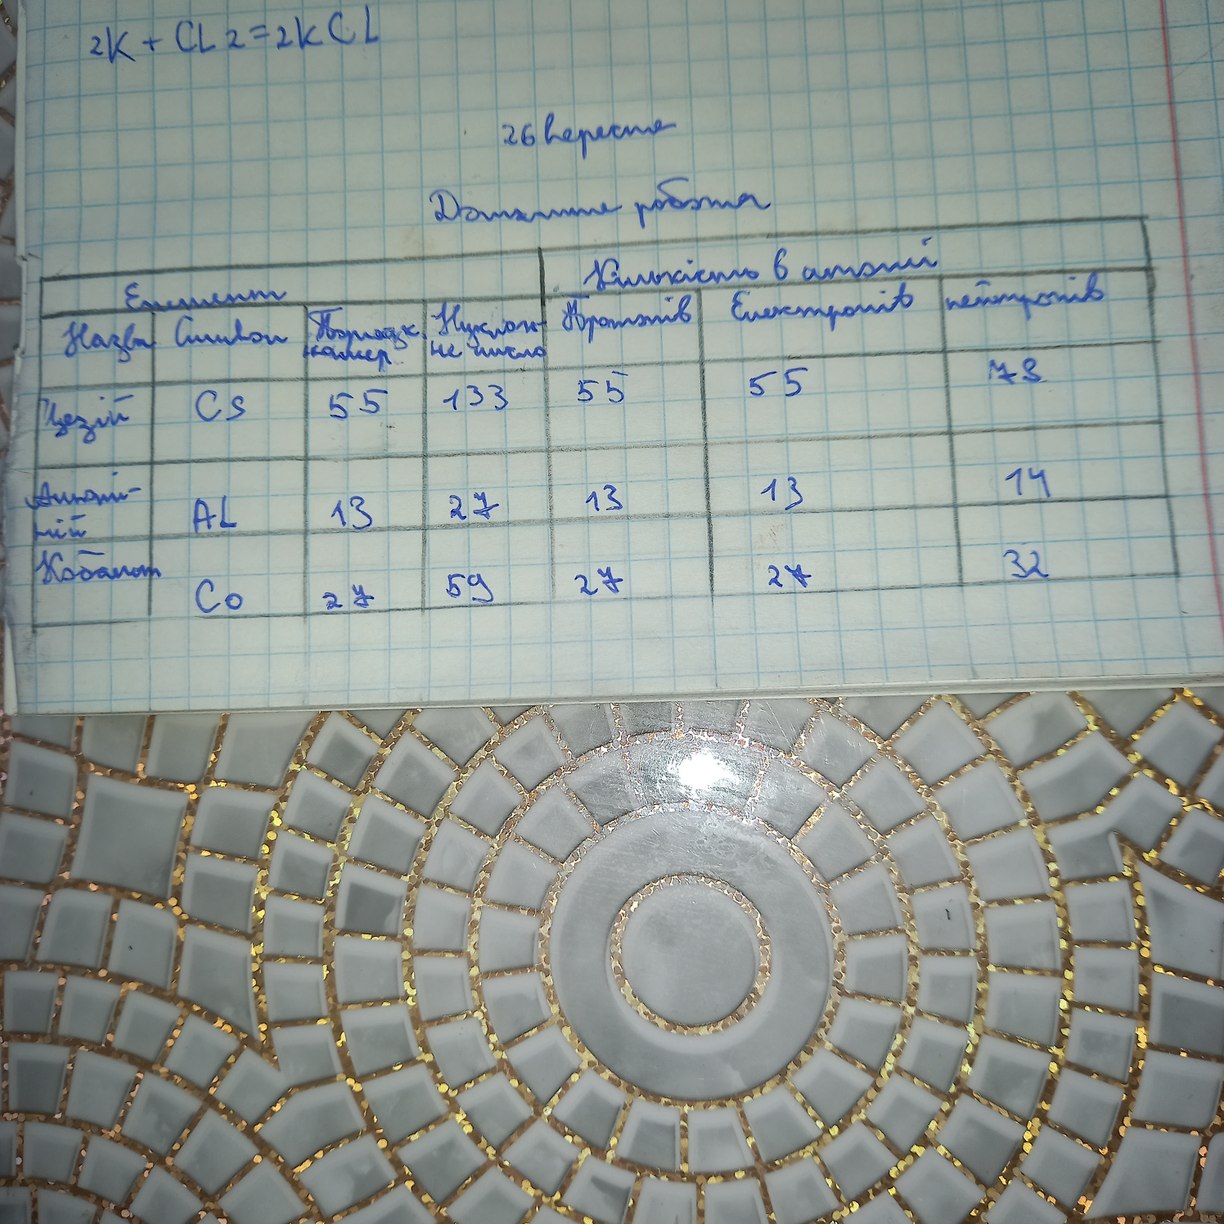
2K + Cl_2 = 2KCl
26 вересня
Домашня робота
| Елемент | Кількість в атомі |
| Назва | Символ | Період. номер | Нуклонне число | Протонів | Електронів | нейтронів |
| Цезій | CS | 55 | 133 |55 | 55 | 78 |
| Алюміній | AL | 13 | 27 | 13 | 13 | 14 |
| Кобальт | Co | 27 | 59 | 27 | 27 | 32|